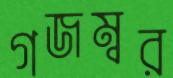
গজম্বর